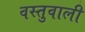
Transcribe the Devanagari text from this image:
वस्तुवाली